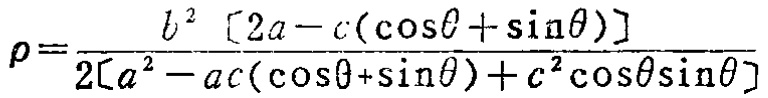
\[\rho=\frac{b^{2}\left[2a - c(\cos\theta+\sin\theta)\right]}{2\left[a^{2}-ac(\cos\theta + \sin\theta)+c^{2}\cos\theta\sin\theta\right]}\]